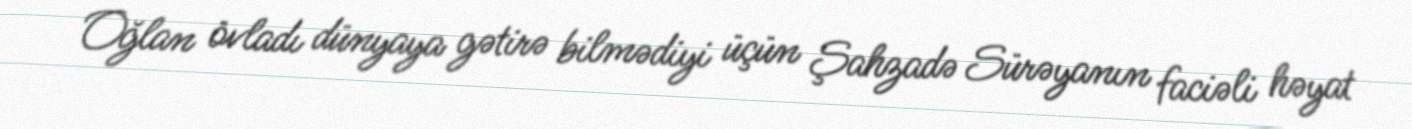
Oğlan övladı dünyaya gətirə bilmədiyi üçün Şahzadə Sürəyanın faciəli həyat